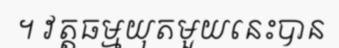
។ វត្តធម្មយុតមួយនេះបាន